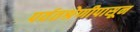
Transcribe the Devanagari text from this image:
पर्वतश्रेणीपासून